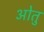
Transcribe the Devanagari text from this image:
ओतु